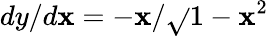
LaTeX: dy/d\mathbf{x}=-\mathbf{x}/{\sqrt{}{{1-\mathbf{x}^{2}}}}